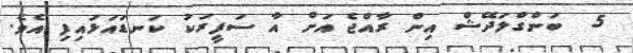
5  ބަންގްލަދޭޝް އިން ރާއްޖެ އަށް އާ ސަފީރަކު ކަނޑައަޅައިފި އެވެ.